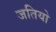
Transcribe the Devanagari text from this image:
जतियो